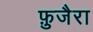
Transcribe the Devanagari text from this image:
फ़ुजैरा